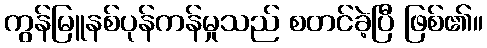
ကွန်မြူနစ်ပုန်ကန်မှုသည် စတင်ခဲ့ပြီ ဖြစ်၏။